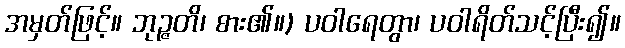
အမှတ်ဖြင့်။ ဘုဉ္ဇတိ၊ စား၏။) ပဝါရေတွာ၊ ပဝါရိတ်သင့်ပြီး၍။